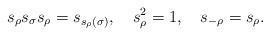
\begin{align*}{s}_{\rho}{s}_{\sigma}{s}_{\rho} ={s}_{s_{\rho}(\sigma)},\quad{s}_{\rho}^2=1,\quad {s}_{-\rho}={s}_{\rho}.\end{align*}